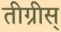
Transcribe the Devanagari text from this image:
तीग्रीस्